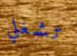
تشغلي